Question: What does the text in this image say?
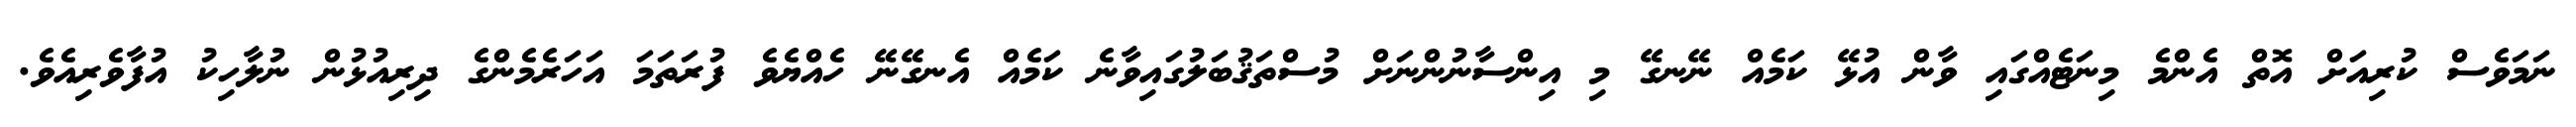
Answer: ނަމަވެސް ކުރިއަށް އޮތް އެންމެ މިނަޓެއްގައި ވާން އުޅޭ ކަމެއް ނޭނގޭ މި އިންސާނުންނަށް މުސްތަޤުބަލުގައިވާނެ ކަމެއް އެނގޭނޭ ހެއްޔެވެ ފުރަތަމަ އަހަރެމެންގެ ދިރިއުޅުން ނުލާހިކު އުފާވެރިއެވެ.